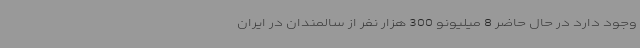
وجود دارد در حال حاضر 8 میلیونو 300 هزار نفر از سالمندان در ایران